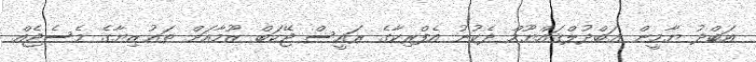
އަބްދު ޔާމީން ޢަބްދުލްޤައްޔޫމް ދެކުނު އެފްރިކާގެ ރައީސް ޖޭކަބް ޒޫމާއަށް ތަޢުޒިޔާގެ މެސެޖެއް